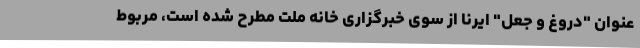
عنوان "دروغ و جعل" ایرنا از سوی خبرگزاری خانه ملت مطرح شده است، مربوط